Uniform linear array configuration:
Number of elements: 12
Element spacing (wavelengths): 0.25
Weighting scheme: binomial
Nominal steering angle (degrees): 45
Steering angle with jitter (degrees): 46.988
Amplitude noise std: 0.05
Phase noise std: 0.05

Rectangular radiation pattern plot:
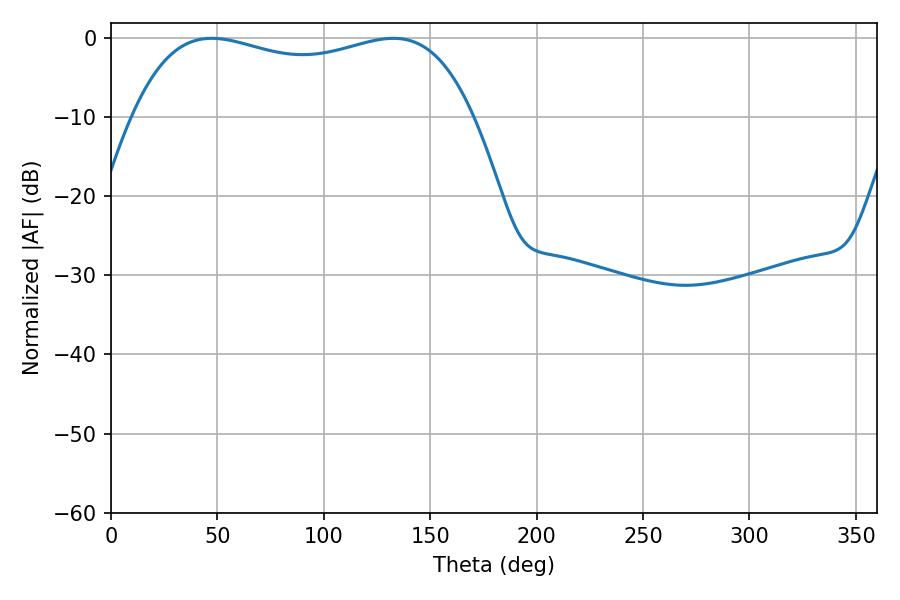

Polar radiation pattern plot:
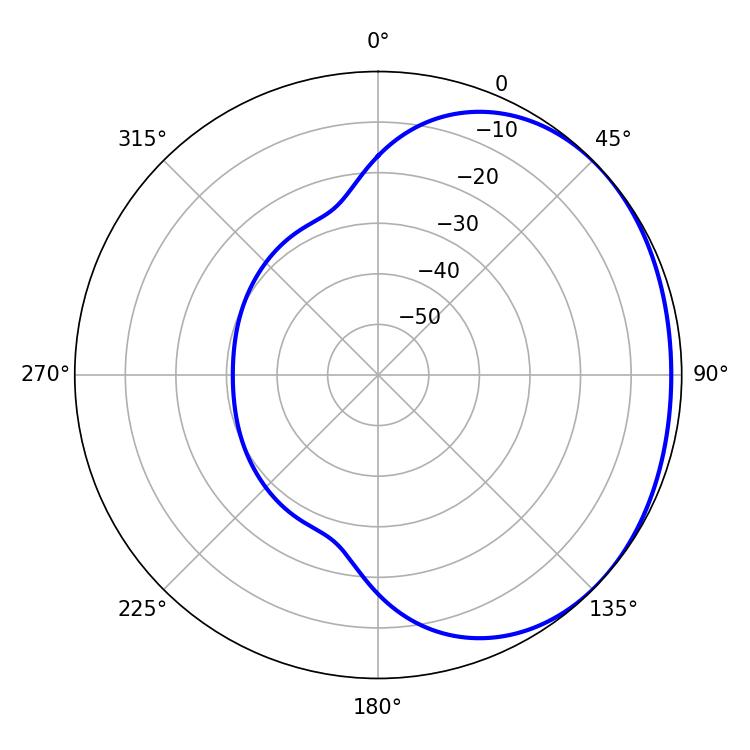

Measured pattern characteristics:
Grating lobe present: FALSE
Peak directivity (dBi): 1.272
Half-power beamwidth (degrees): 130.32
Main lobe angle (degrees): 47.34